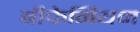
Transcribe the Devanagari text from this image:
बीफेनियम